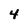
Character: 4